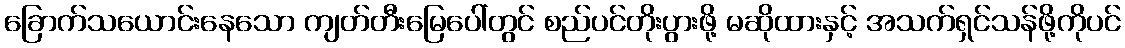
ခြောက်သယောင်းနေသော ကျတ်တီးမြေပေါ်တွင် စည်ပင်တိုးပွားဖို့ မဆိုထားနှင့် အသက်ရှင်သန်ဖို့ကိုပင်